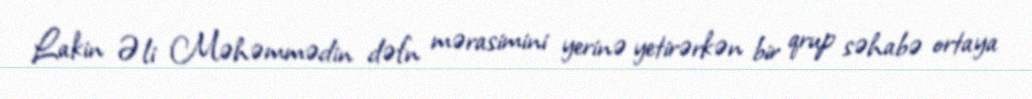
Lakin Əli Məhəmmədin dəfn mərasimini yerinə yetirərkən bir qrup səhabə ortaya